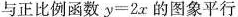
与正比例函数$$y = 2 x$$的图象平行